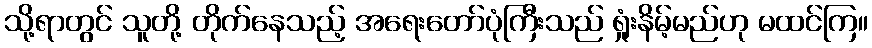
သို့ရာတွင် သူတို့ တိုက်နေသည့် အရေးတော်ပုံကြီးသည် ရှုံးနိမ့်မည်ဟု မထင်ကြ။